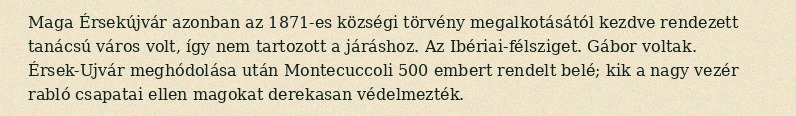
Maga Érsekújvár azonban az 1871-es községi törvény megalkotásától kezdve rendezett tanácsú város volt, így nem tartozott a járáshoz. Az Ibériai-félsziget. Gábor voltak. Érsek-Ujvár meghódolása után Montecuccoli 500 embert rendelt belé; kik a nagy vezér rabló csapatai ellen magokat derekasan védelmezték.